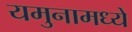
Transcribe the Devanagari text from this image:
यमुनामध्ये